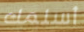
أسلمك